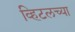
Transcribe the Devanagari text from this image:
व्हिटलच्या